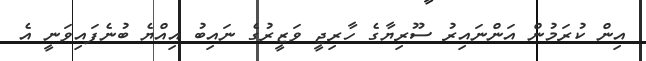
އިން ކުރަމުން އަންނައިރު ސޫރިޔާގެ ހާރިޖީ ވަޒީރުގެ ނައިބު އިއްޔެ ބުނެފައިވަނީ އެ